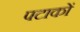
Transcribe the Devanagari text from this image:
पटाकों